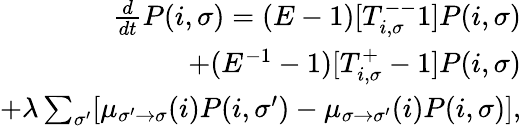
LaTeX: \begin{array}{r}{\frac{d}{dt}P(i,\sigma)=(E-1)[T_{i,\sigma}^{--}1]P(i,\sigma)}\\ {+(E^{-1}-1)[T_{i,\sigma}^{+}-1]P(i,\sigma)}\\ {+\lambda\sum_{\sigma^{\prime}}[\mu_{\sigma^{\prime}\to\sigma}(i)P(i,\sigma^{\prime})-\mu_{\sigma\to\sigma^{\prime}}(i)P(i,\sigma)],}\end{array}